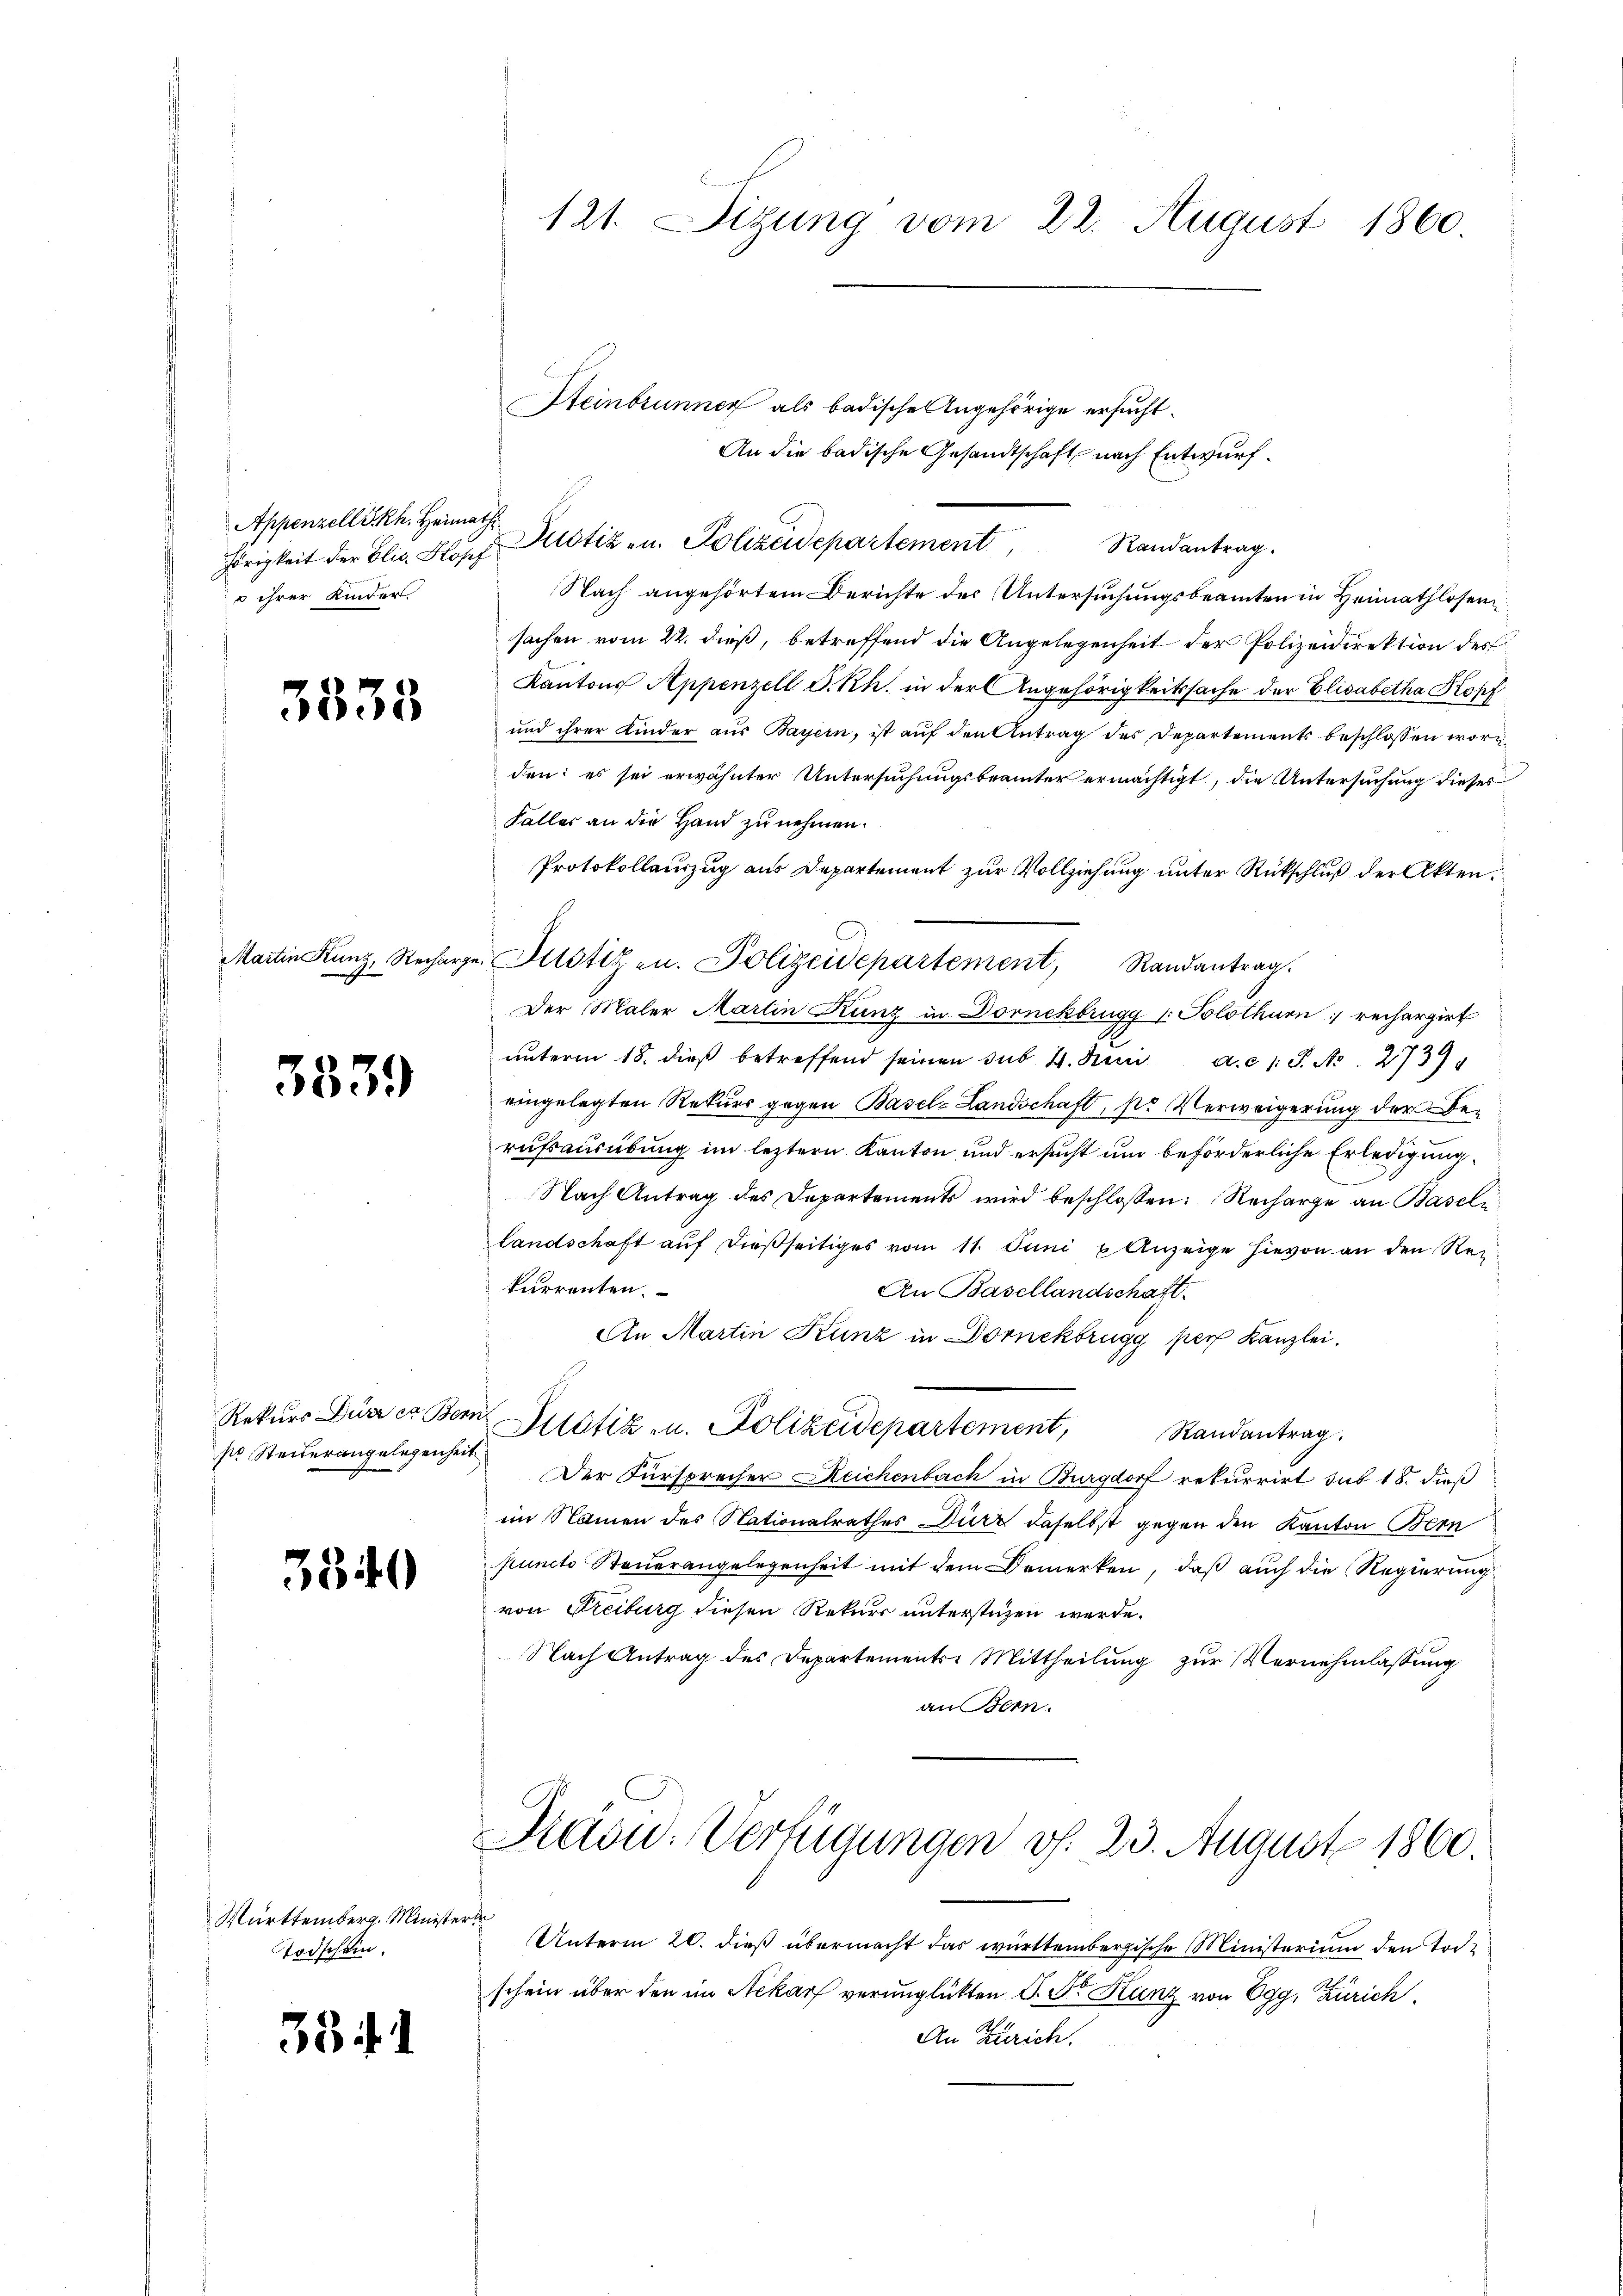
Appenzell I.-Rh. Heimath
u ihrer Kinder

3333

Martin Kunz, Rechar

3339

Rekurs Dürrer Ber
se Steiderangelegenhei

3340

Württemberg. Minist.
Todschein.

33 ff. 1

121. Sizung vom 22. August 1860

Steinbrunner als badische Angehörige ersucht.
An die badische Gesandtschaft nach Entwurf.
hörigkeit der Elis. Blopp Klotiz - u. Polizeidepartement Randantrag.
Nach angehörtem Berichte des Untersuchungsbeamten in Heimathlosensachen vom 22. dieß, betreffend die Angelegenheit der Polizeidirektion des
Kantons Appenzell S. Rh. in der Angehörigkeitssache der Elisabetha Kopf
und ihrer Kinder aŭs Bayern, ist aŭf den Antrag des Departements beschlossen worden: es sei erwähnter Untersuchungsbeamter ermächtigt, die Untersuchung dieses
Faller an die Hand zu nehmen.
Protokollauszug aus Departement zur Vollziehung unter Rückschluß der Akten.
u. Justiz u. Polizeidepartement, Randantrag.
Der Maler Martin Kunz in Dornekbrugg 1. Solothurn rechargirt
unterm 18. dieß betreffend seinen sub. 4. Juni a.c. S. Nr. 2739
eingelegten Rekurs gegen Basel-Landschaft, pr Verweigerung der Be-
rufsausübung im leztern Kanton und ersucht um beförderliche Erledigung
Nach Antrag des Departements wird beschlossen: Recharge an Baseli
landschaft auf dießseitiges vom 11. Juni u Anzeige hievon an den Rekurrenten.
An Basellandschaft.
An Martin Kunz in Dornekbrugg pers Kanzlei,
in Potiz u. Polizeidepartement,
Randantrag.
Der Fürsprecher Reichenbach in Burgdorf rekurrirt sub 18. dieß
im Namen des Nationalrathes Dürr daselbst gegen den Kanton Bern
puncto Steuerangelegenheit mit dem Bemerken, daß auch die Regierung
von Freiburg diesen Rekurs unterstüzen werde.
Nach Antrag des Departements-Mittheilung zur Vernehmlassung
an Bern.
Paou: Verfügungen v. 23. August 1860.
f
Unterm 20. dieß übermacht das württembergische Ministerium den Todschein über den im Nekarf verunglückten S. Sr. Kunz von Egg, Zürich
An Zürich.